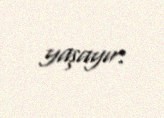
yaşayır.